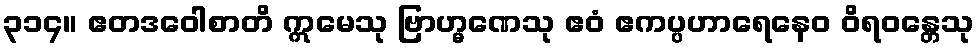
၃၁၄။ ဧတဒဝေါစာတိ ဣမေသု ဗြာဟ္မဏေသု ဧဝံ ဧကပ္ပဟာရေနေဝ ဝိရဝန္တေသု